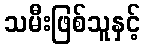
သမီးဖြစ်သူနှင့်